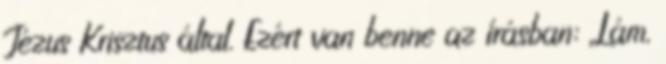
Jézus Krisztus által. Ezért van benne az írásban: „Lám,